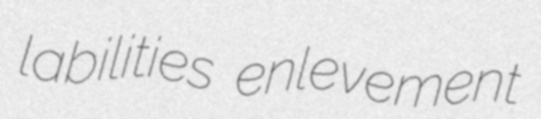
labilities enlevement